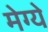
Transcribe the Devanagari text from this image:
मेग्ये